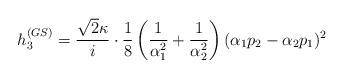
LaTeX: \begin{align*}h_3^{(GS)} = \frac{\sqrt{2} \kappa}{i} \cdot \frac{1}{8} \left( \frac{1}{\alpha_1^{ 2}} +\frac{1}{\alpha_2^{ 2} } \right) ( \alpha_1 p_2 - \alpha_2 p_1 )^2 ~\end{align*}